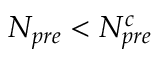
N _ { p r e } < N _ { p r e } ^ { c }